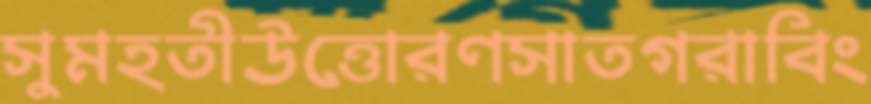
সুমহতীউত্তোরণসাতগরাবিং